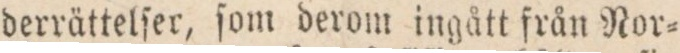
derrättelſer, ſom derom ingått från Nor=